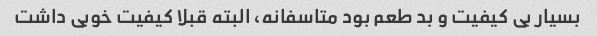
بسیار بی کیفیت و بد طعم بود متاسفانه، البته قبلا کیفیت خوبی داشت